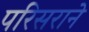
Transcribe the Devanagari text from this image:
परिसराने